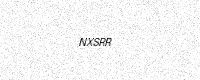
Text: NXSRR